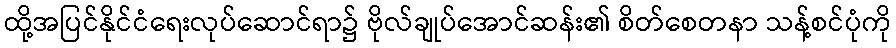
ထို့အပြင်နိုင်ငံရေးလုပ်ဆောင်ရာ၌ ဗိုလ်ချုပ်အောင်ဆန်း၏ စိတ်စေတနာ သန့်စင်ပုံကို